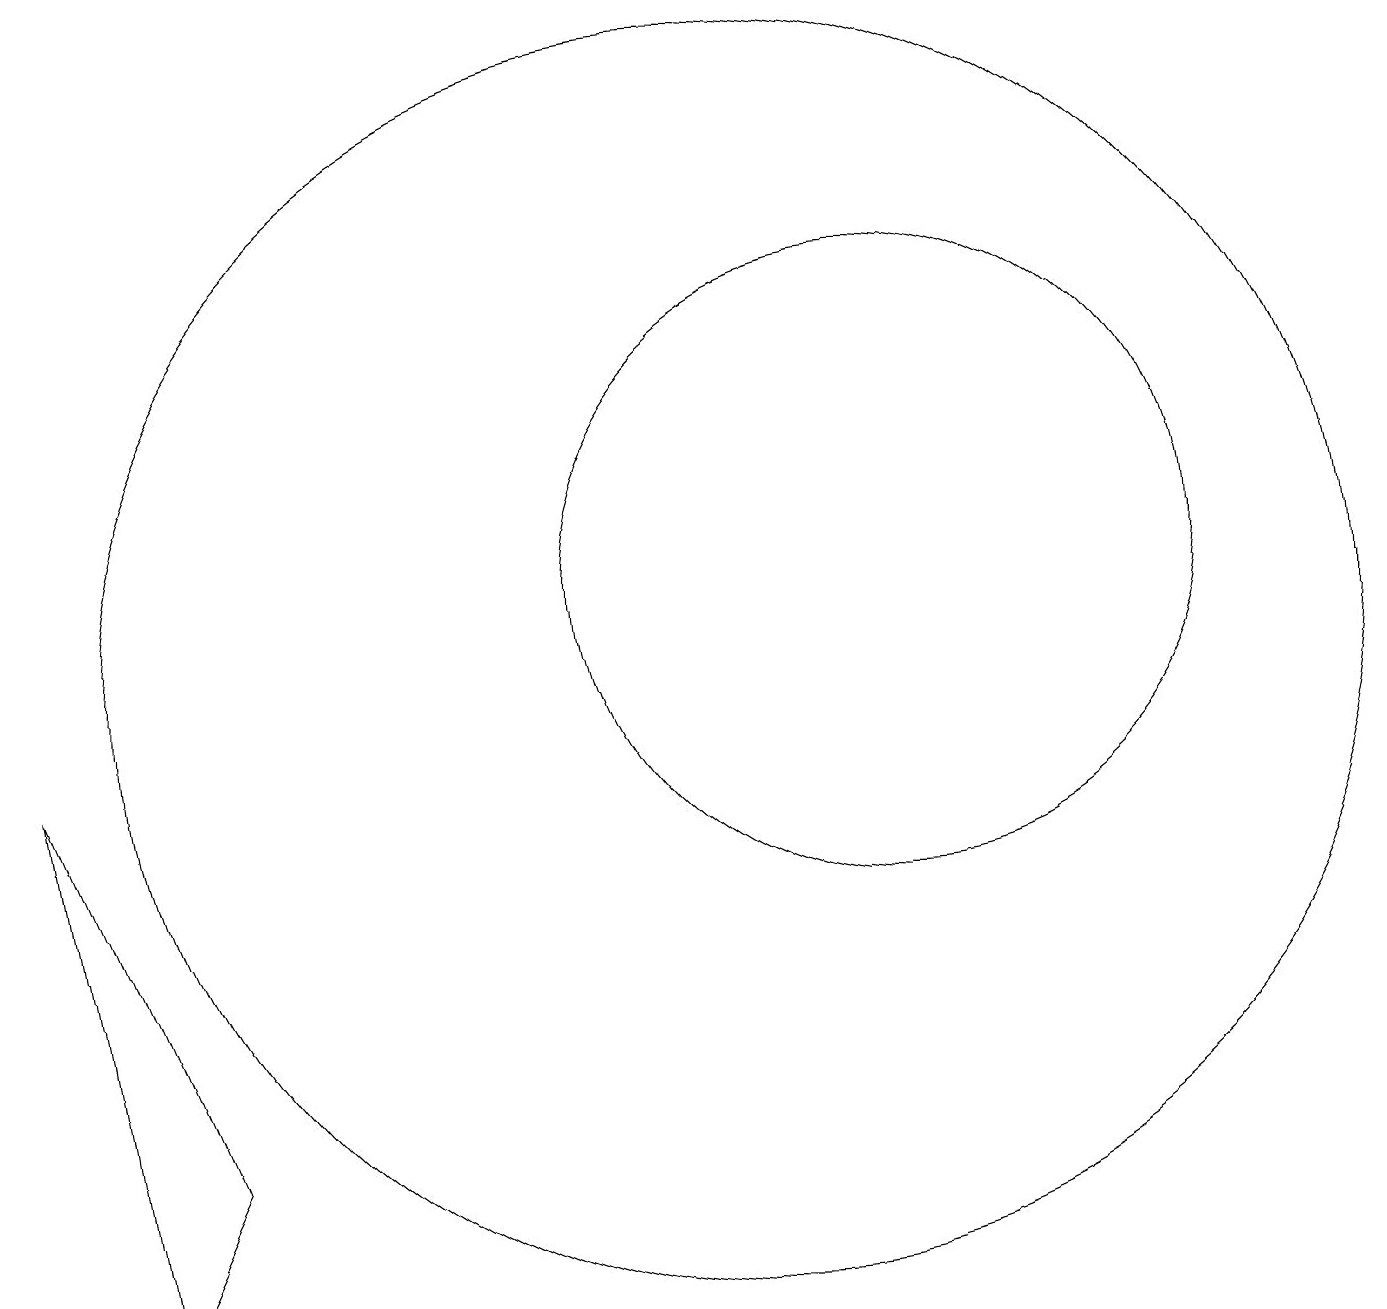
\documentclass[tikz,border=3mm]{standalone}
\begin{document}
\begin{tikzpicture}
\draw (10,10) circle (8);
\draw (2,2) -- (3,4) -- (1,9) -- cycle;
\draw (12,11) circle (4);
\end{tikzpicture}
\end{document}